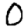
Digit: 0